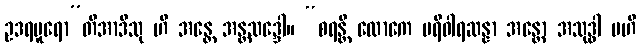
ဥဒရပူရော”တိအာဒီသု ဟိ အန္တေ အန္တသဒ္ဒေါ။ “စရန္တိ လောကေ ပရိဝါရဆန္နာ အန္တော အသုဒ္ဓါ ဗဟိ